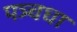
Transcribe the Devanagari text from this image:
पञ्चधा